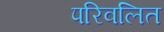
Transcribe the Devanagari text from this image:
परिवलित